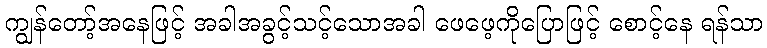
ကျွန်တော့်အနေဖြင့် အခါအခွင့်သင့်သောအခါ ဖေဖေ့ကိုပြောဖြင့် စောင့်နေ ရန်သာ